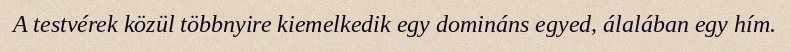
A testvérek közül többnyire kiemelkedik egy domináns egyed, álalában egy hím.